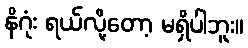
နိဂုံး ရယ်လို့တော့ မရှိပါဘူး။